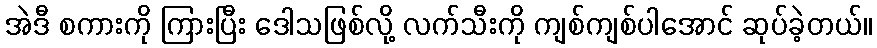
အဲဒီ စကားကို ကြားပြီး ဒေါသဖြစ်လို့ လက်သီးကို ကျစ်ကျစ်ပါအောင် ဆုပ်ခဲ့တယ်။